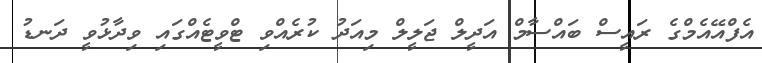
އެފްއޭއެމްގެ ރައީސް ބައްސާމް އަދީލް ޖަލީލް މިއަދު ކުރެއްވި ޓްވީޓެއްގައި ވިދާޅުވީ ދަނޑު